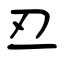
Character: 丒